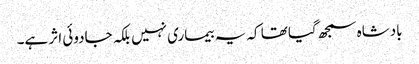
بادشاہ سمجھ گیا تھا کہ یہ بیماری نہیں بلکہ جادوئی اثر ہے۔